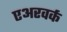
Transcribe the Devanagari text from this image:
एअरवर्क